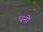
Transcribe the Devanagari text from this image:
धनों